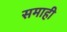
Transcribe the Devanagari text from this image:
समाही